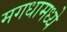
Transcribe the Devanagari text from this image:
मगधामध्ये